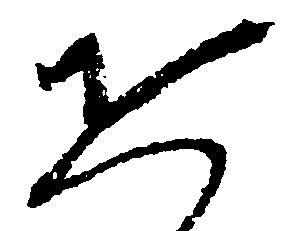
恐